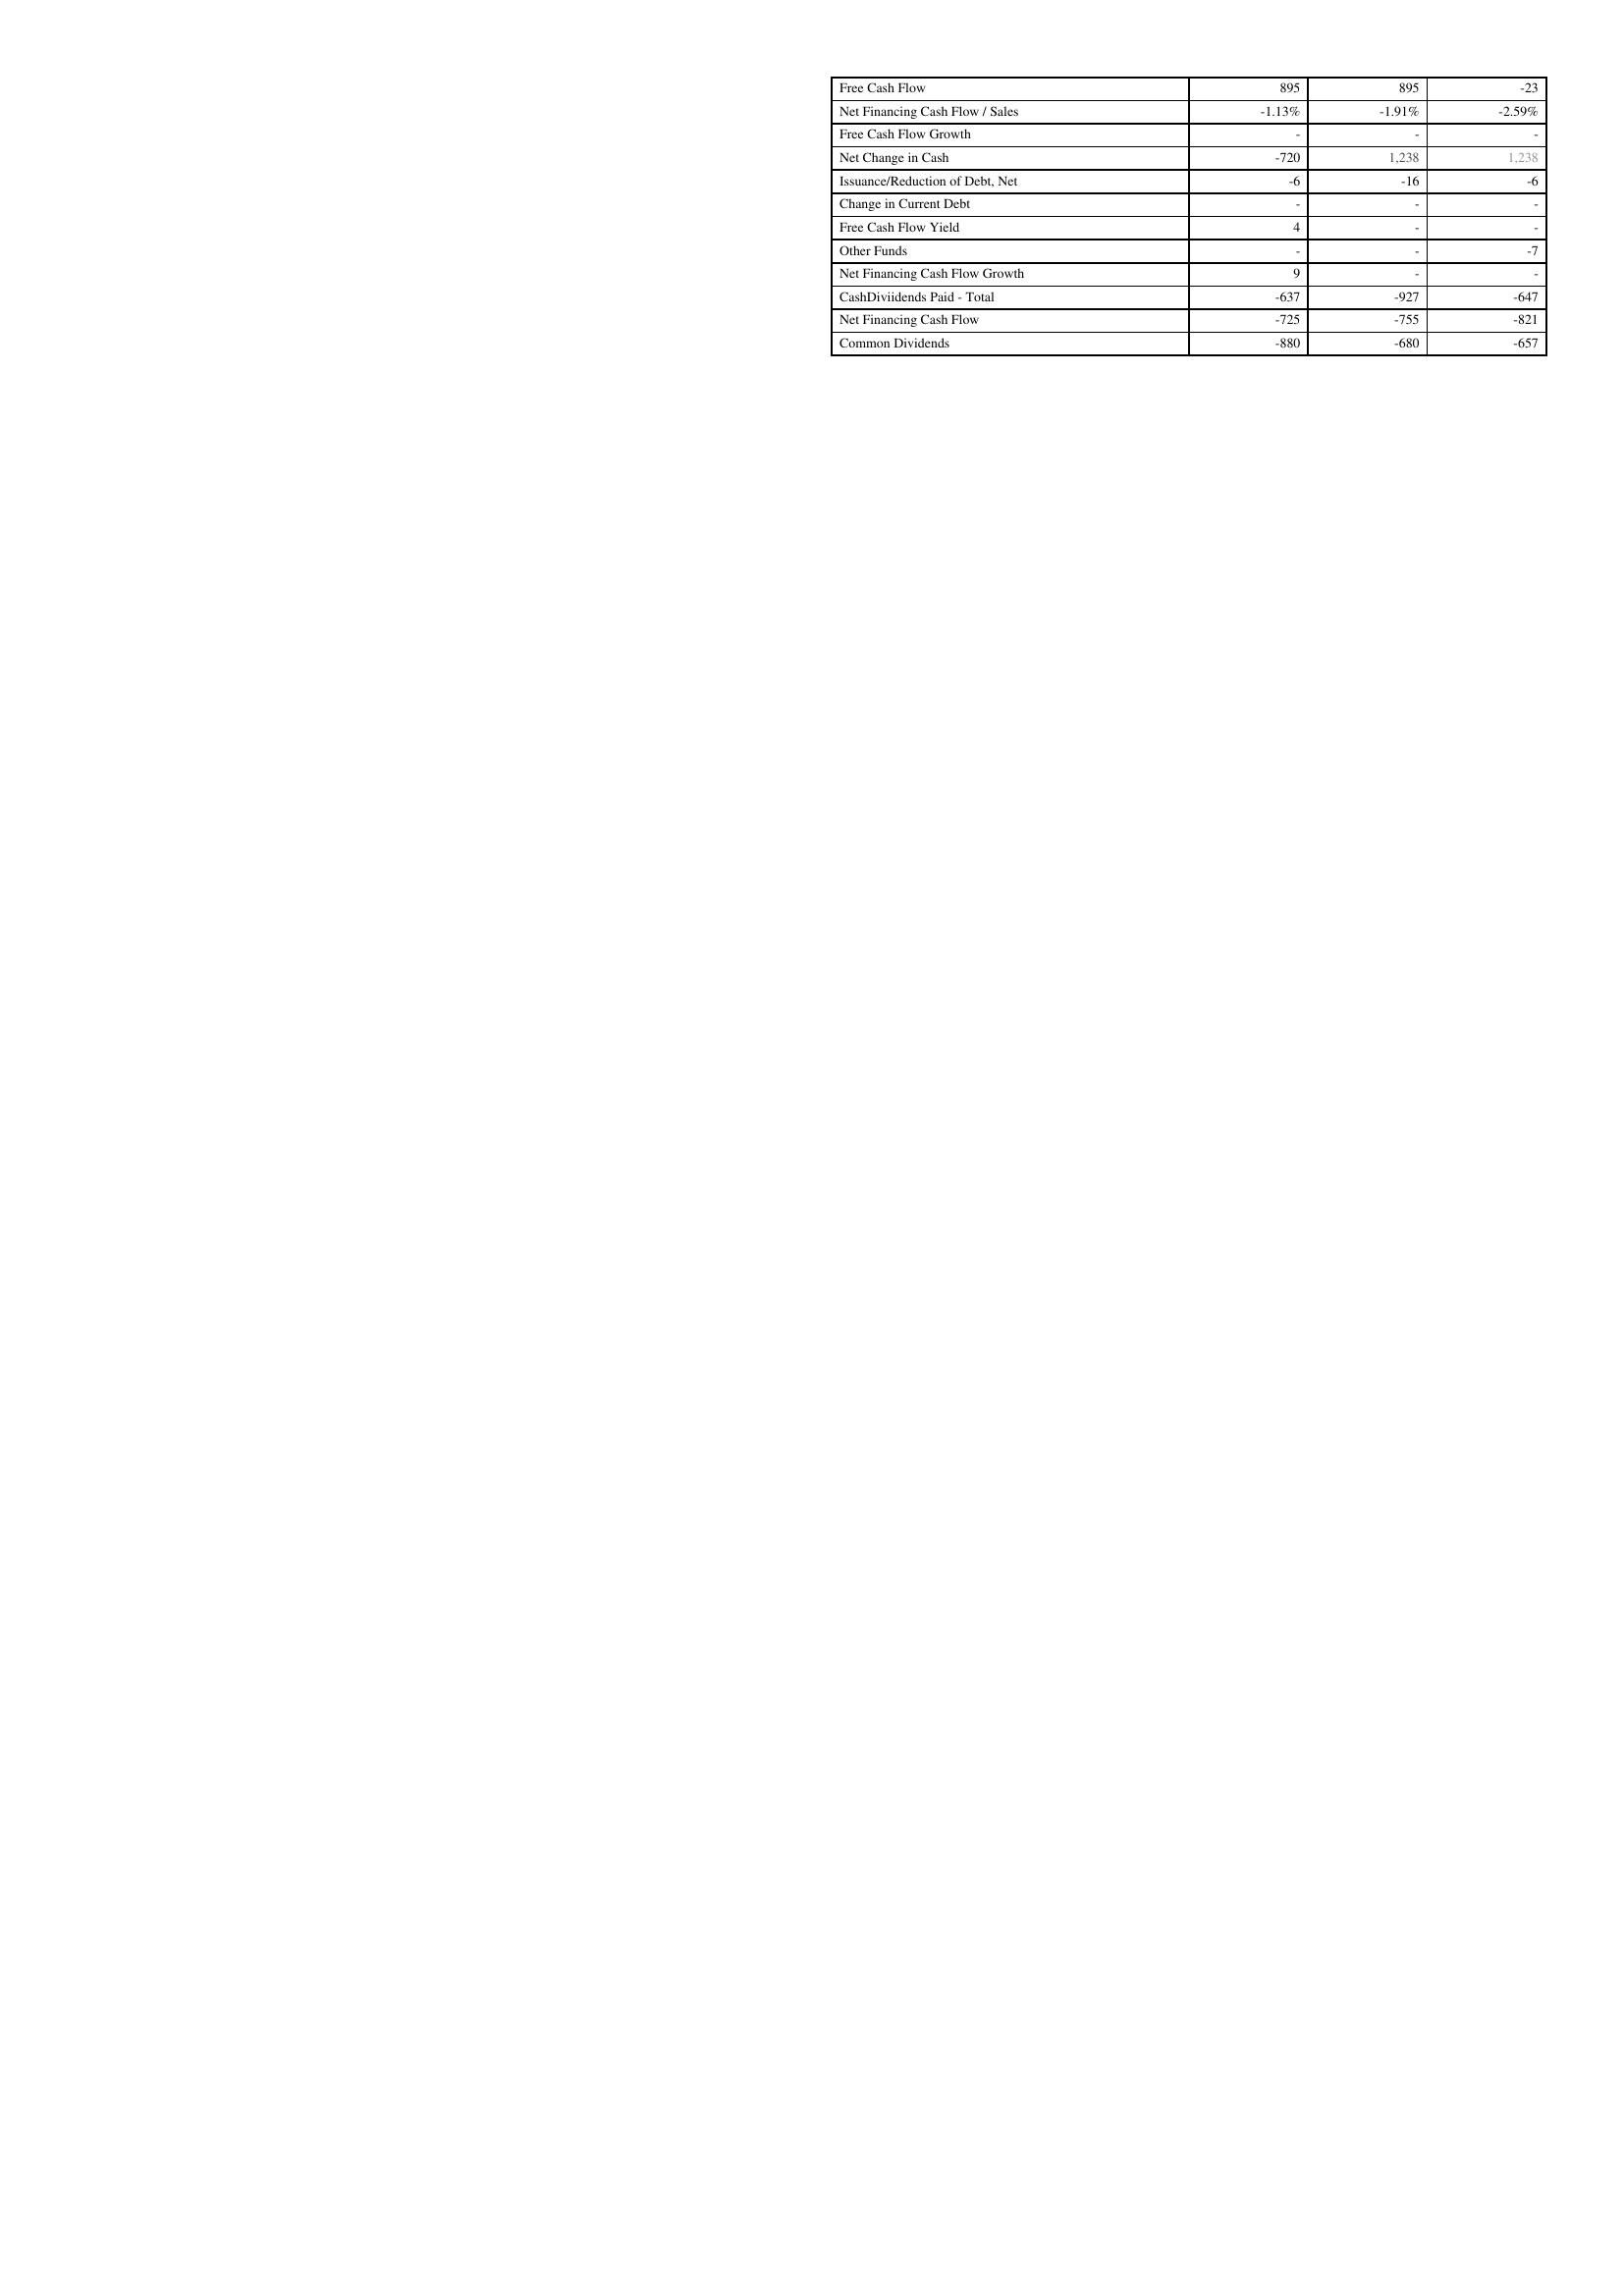
2018: Financing Activities: Free Cash Flow: 895
Net Financing Cash Flow / Sales: -1.13%
Free Cash Flow Growth: -
Net Change in Cash: -720
Issuance/Reduction of Debt, Net: -6
Change in Current Debt: -
Free Cash Flow Yield: 4
Other Funds: -
Net Financing Cash Flow Growth: 9
CashDiviidends Paid - Total: -637
Net Financing Cash Flow: -725
Common Dividends: -880
2019: Financing Activities: Free Cash Flow: 895
Net Financing Cash Flow / Sales: -1.91%
Free Cash Flow Growth: -
Net Change in Cash: 1,238
Issuance/Reduction of Debt, Net: -16
Change in Current Debt: -
Free Cash Flow Yield: -
Other Funds: -
Net Financing Cash Flow Growth: -
CashDiviidends Paid - Total: -927
Net Financing Cash Flow: -755
Common Dividends: -680
2020: Financing Activities: Free Cash Flow: -23
Net Financing Cash Flow / Sales: -2.59%
Free Cash Flow Growth: -
Net Change in Cash: 1,238
Issuance/Reduction of Debt, Net: -6
Change in Current Debt: -
Free Cash Flow Yield: -
Other Funds: -7
Net Financing Cash Flow Growth: -
CashDiviidends Paid - Total: -647
Net Financing Cash Flow: -821
Common Dividends: -657